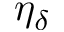
\eta _ { \delta }